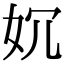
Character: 㚮